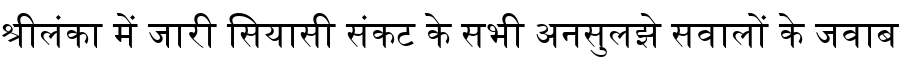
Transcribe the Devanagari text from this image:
श्रीलंका में जारी सियासी संकट के सभी अनसुलझे सवालों के जवाब